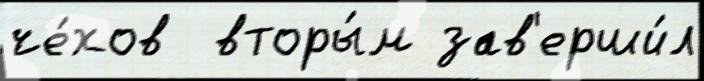
че́хов  вторы́м зав'ерши́л